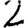
Digit: 2